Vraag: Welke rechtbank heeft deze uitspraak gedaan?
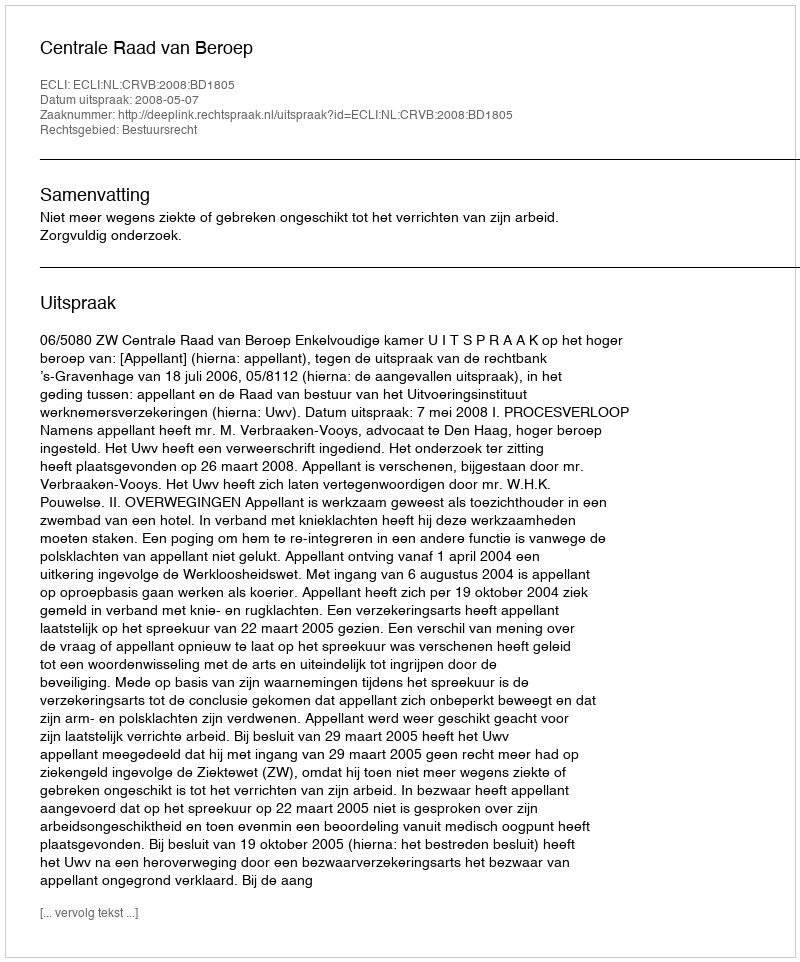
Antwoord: Centrale Raad van Beroep